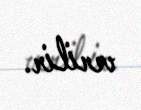
verilir.